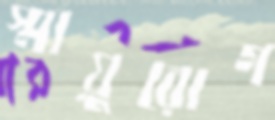
স্মায়ুরোগ